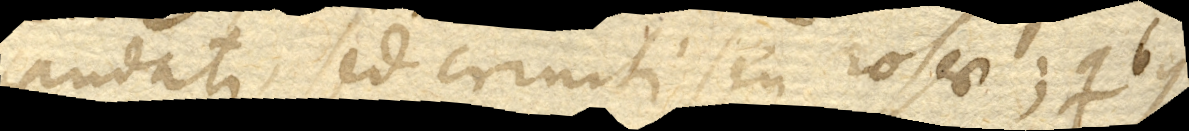
caudati, sed criniti seu rosae; quibus–